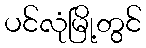
ပင်လုံမြို့တွင်